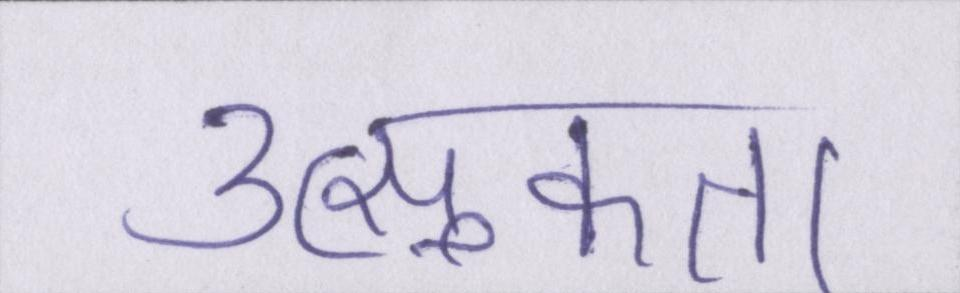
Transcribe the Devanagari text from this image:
उत्सुकता